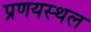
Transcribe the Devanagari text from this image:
प्रणयस्थल